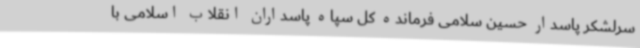
سرلشکر پاسدار حسین سلامی فرمانده کل سپاه پاسداران انقلاب اسلامی با